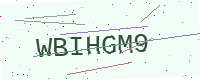
Text: WBIHGM9